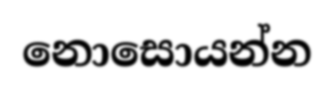
නොසොයන්න